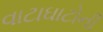
વાટાઘાટોની